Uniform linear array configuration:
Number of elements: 16
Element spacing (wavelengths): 0.5
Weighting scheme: uniform
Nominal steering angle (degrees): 60
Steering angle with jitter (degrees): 58.765
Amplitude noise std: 0.05
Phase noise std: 0.05

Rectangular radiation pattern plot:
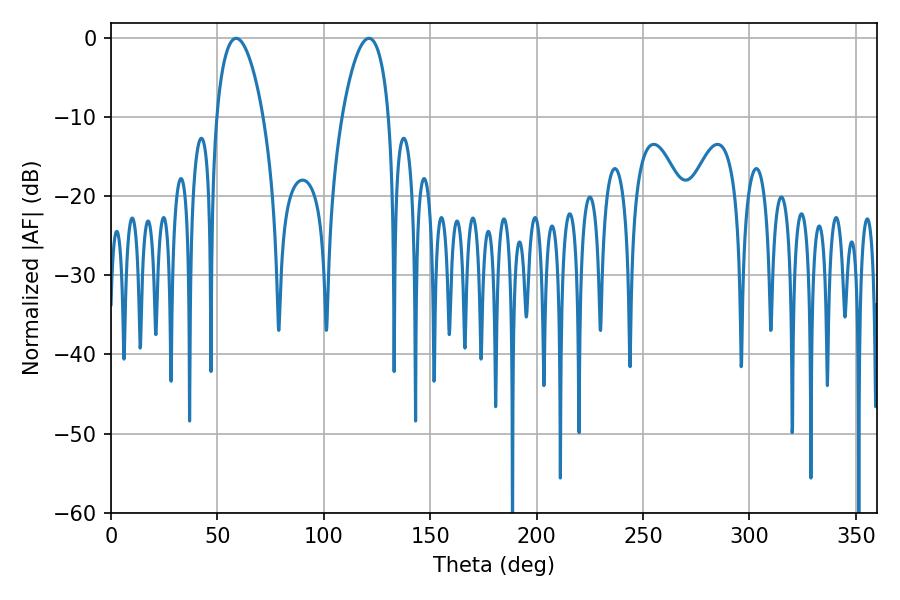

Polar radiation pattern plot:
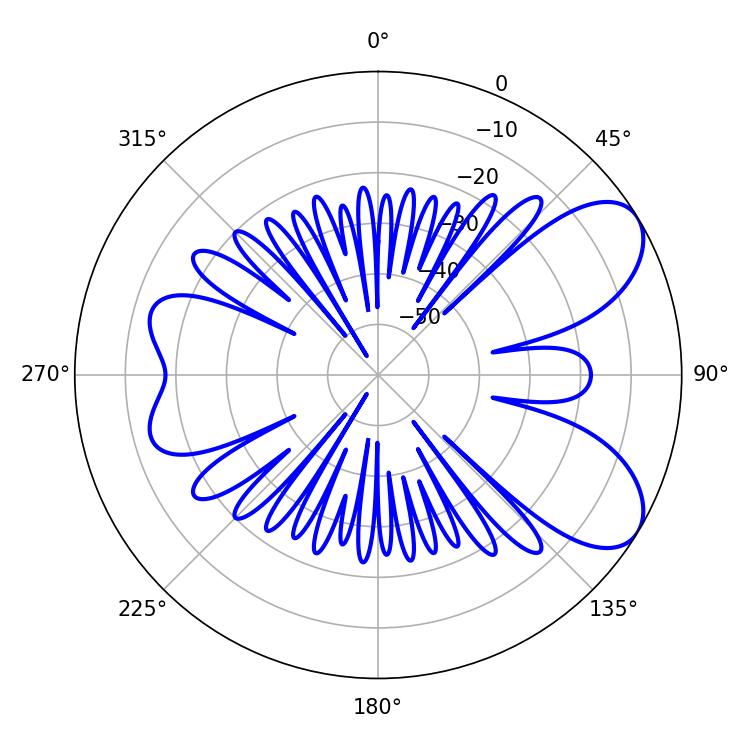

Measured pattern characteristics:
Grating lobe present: FALSE
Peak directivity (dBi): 7.307
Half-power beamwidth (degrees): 12.24
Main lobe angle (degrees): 58.86